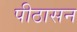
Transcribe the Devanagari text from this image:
पीठासन